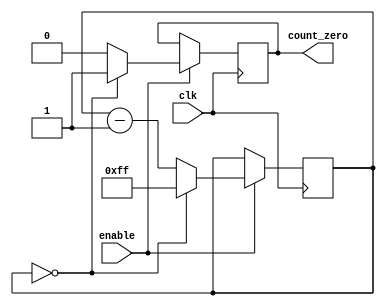
module binary_down_counter (
    input wire clk,
    input wire enable,
    output reg count_zero
);

reg [7:0] count;

always @(posedge clk) begin
    if (enable) begin
        if (count == 8'h00) begin
            count <= 8'hFF;
            count_zero <= 1;
        end else begin
            count <= count - 1;
            count_zero <= 0;
        end
    end
end

endmodule